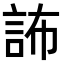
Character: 𧦞